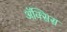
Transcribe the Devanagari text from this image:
ॲक्सिस